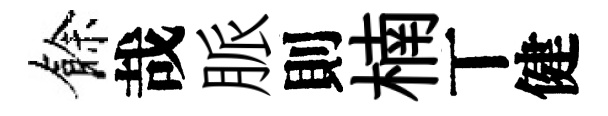
餘哉脈則楠丅健